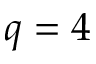
q = 4